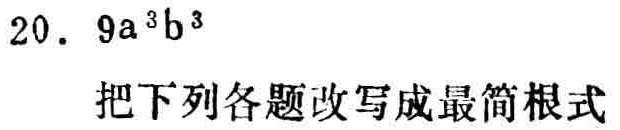
20. \(9a^{3}b^{3}\)
把下列各题改写成最简根式